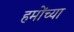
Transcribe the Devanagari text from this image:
हमोंच्या